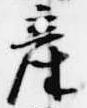
産